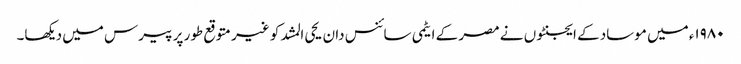
۱۹۸۰ء میں موساد کے ایجنٹوں نے مصر کے ایٹمی سائنس دان یحی المشد کو غیر متوقع طور پر پیرس میں دیکھا۔